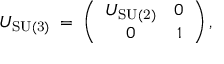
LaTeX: U _ { \mathrm { S U ( 3 ) } } \; = \; \left( \begin{array} { c c } { { U _ { \mathrm { S U ( 2 ) } } } } & { { 0 } } \\ { { 0 } } & { { 1 } } \end{array} \right) ,